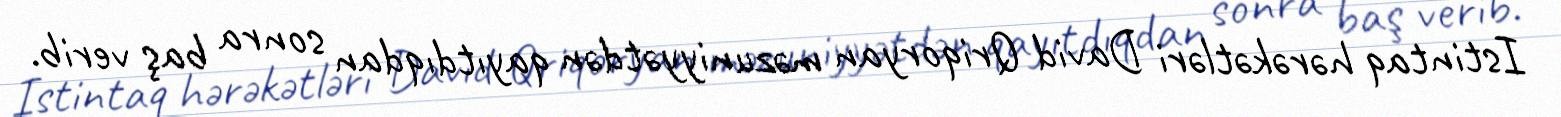
Istintaq hərəkətləri David Qriqoryan məzuniyyətdən qayıtdıqdan sonra baş verib.